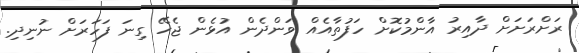
ރަށްރަށަށް ދާއިރު އާންމުކޮށް ހަފުތާއެއް ވަންދެން އުޅެން ޖެހޭ ގިނަ ފަހަރަށް ނުނިދި.